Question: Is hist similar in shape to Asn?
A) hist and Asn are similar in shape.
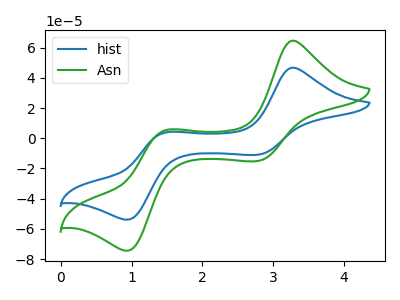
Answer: <think>The blue curve "hist" has anodic peaks at (3.30V, 46.75uA) (1.50V, 3.85uA) and cathodic peaks at (2.80V, -10.85uA) (0.95V, -53.90uA). The green curve "Asn" has anodic peaks at (3.30V, 64.65uA) (1.50V, 5.30uA) and cathodic peaks at (2.80V, -15.00uA) (0.95V, -74.50uA).
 All the peaks in "hist" have a peak in "Asn" at the same potential. Every peak in "hist" is lower than every peak in "Asn".</think>
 <answer>A) "hist" and "Asn" are similar in shape.</answer>
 <eval>A</eval>